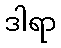
ဒါရာ